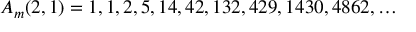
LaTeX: A _ { m } ( 2 , 1 ) = 1 , 1 , 2 , 5 , 1 4 , 4 2 , 1 3 2 , 4 2 9 , 1 4 3 0 , 4 8 6 2 , \ldots